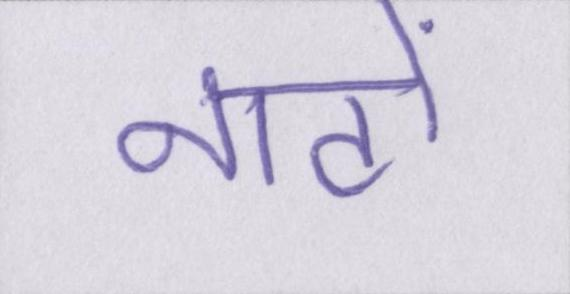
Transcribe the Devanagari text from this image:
नाटो